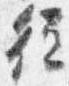
従